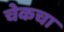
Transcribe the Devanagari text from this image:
चेकचा